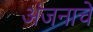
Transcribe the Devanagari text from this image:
अंजनाचे